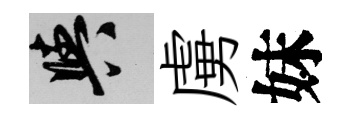
阳虜妹